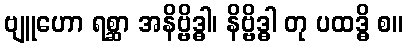
ဗျူဟော ရစ္ဆာ အနိဗ္ဗိဒ္ဓါ၊ နိဗ္ဗိဒ္ဓါ တု ပထဒ္ဓိ စ။